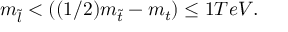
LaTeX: m _ { \tilde { l } } < ( ( 1 / 2 ) m _ { \tilde { t } } - m _ { t } ) \leq 1 T e V .